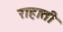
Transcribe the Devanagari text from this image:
राहाती